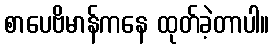
စာပေဗိမာန်ကနေ ထုတ်ခဲ့တာပါ။